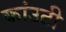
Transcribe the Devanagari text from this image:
कांउटी